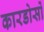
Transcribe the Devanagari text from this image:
कारडोसों